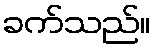
ခက်သည်။